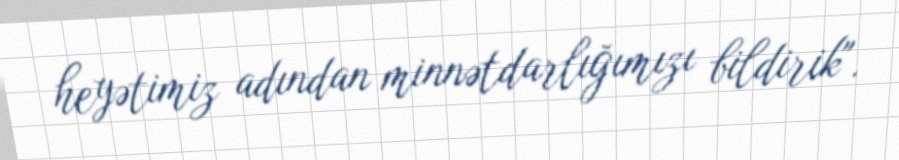
heyətimiz adından minnətdarlığımızı bildirik".